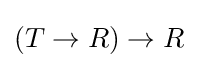
\left(T\rightarrow R\right)\rightarrow R